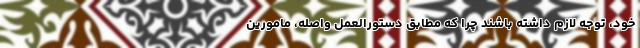
خود، توجه لازم داشته باشند چرا که مطابق دستورالعمل واصله، مامورین